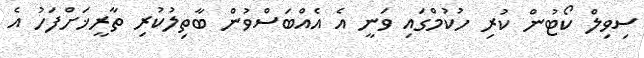
ސިވިލް ކޯޓުން ކުރި ހުކުމްގައި ވަނީ އެ އެއްބަސްވުން ބާތިލުކުރި ތާރީޚަށްފަހު އެ